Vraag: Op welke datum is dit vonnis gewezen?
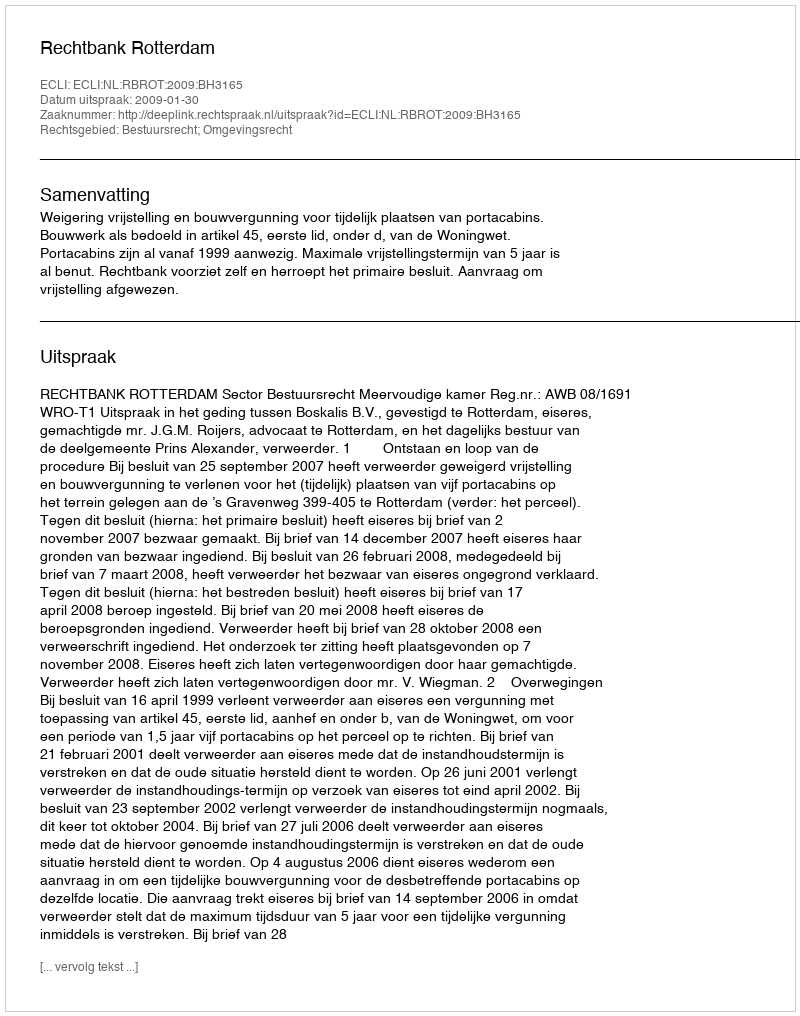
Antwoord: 2009-01-30